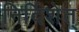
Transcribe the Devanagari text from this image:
निर्दिशेत्